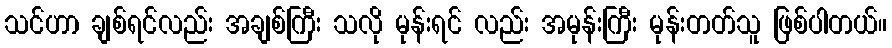
သင်ဟာ ချစ်ရင်လည်း အချစ်ကြီး သလို မုန်းရင် လည်း အမုန်းကြီး မုန်းတတ်သူ ဖြစ်ပါတယ်။